Civil Veterinary Dept. North-West Frontier Province 1923-32 - 1923-1932
Year: 1923
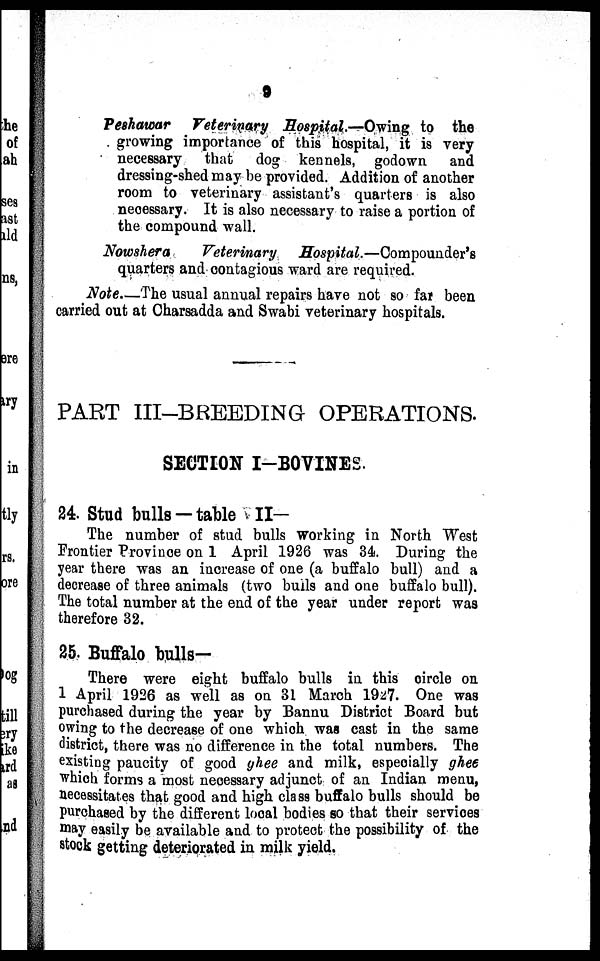
9
Peshawar
Veterinary Hospital.—Owing to the
growing importance of this hospital, it is very
necessary that dog kennels, godown
and
dressing-shed may be provided. Addition of another
room to veterinary assistant's quarters is also
necessary. It is also necessary to raise a portion of
the compound wall.
Nowshera
Veterinary
Hospital.—Compounder's
quarters and contagious ward are required.
Note.—The usual annual repairs have not so far been
carried out at Charsadda and Swabi veterinary hospitals.
PART III-BREEDING OPERATIONS.
SECTION I-BOVINES.
24. Stud bulls —table II-
The number of stud bulls working in North West
Frontier Province on 1 April 1926 was 34. During the
year there was an increase of one (a buffalo bull) and a
decrease of three animals (two bulls and one buffalo bull).
The total number at the end of the year under report was
therefore 32.
25. Buffalo bulls-
There were eight buffalo bulls in this circle on
1 April 1926 as well as on 31 March 1927. One was
purchased during the year by Bannu District Board but
owing to the decrease of one which was cast in the same
district, there was no difference in the total numbers. The
existing paucity of good ghee and milk, especially ghee
which forms a most necessary adjunct of an Indian menu,
necessitates that good and high class buffalo bulls should be
purchased by the different local bodies so that their services
may easily be available and to protect the possibility of the
stock getting deteriorated in milk yield.